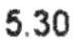
5.30